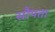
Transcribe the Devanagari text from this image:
सौपता